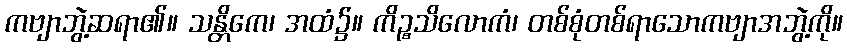
ကဗျာဘွဲ့ဆရာ၏။ သန္တိကေ၊ အထံ၌။ ကိဉ္စသိလောကံ၊ တစ်စုံတစ်ရာသောကဗျာအဘွဲ့ကို။